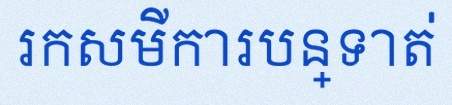
រកសមីការបន្ទាត់